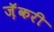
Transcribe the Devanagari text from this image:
ज़ॅकरी